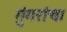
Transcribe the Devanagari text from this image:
गुंगरांचा